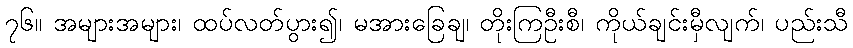
၇၆။ အများအများ၊ ထပ်လတ်ပွား၍၊ မအားခြေချ၊ တိုးကြဦးစီ၊ ကိုယ်ချင်းမှီလျက်၊ ပည်းသီ